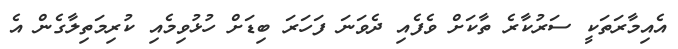
އެއިމާރަތަކީ ސަރުކާރެ ތާކަށް ވެފެއި ދެވަނަ ފަހަރަ ބިޑަށް ހުޅުވިމެއި ކުރިމަތިލާގެން އެ